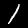
Label: 1